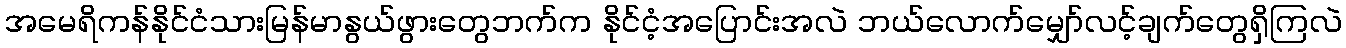
အမေရိကန်နိုင်ငံသားမြန်မာနွယ်ဖွားတွေဘက်က နိုင်ငံ့အပြောင်းအလဲ ဘယ်လောက်မျှော်လင့်ချက်တွေရှိကြလဲ